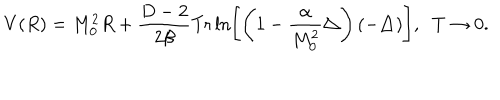
V ( R ) = M _ { 0 } ^ { 2 } R + \frac { D - 2 } { 2 \beta } \mathrm { T r } \ln \left[ \left( 1 - \frac { \alpha } { M _ { 0 } ^ { 2 } } \triangle \right) ( - \triangle ) \right] , \; \; T \to 0 .